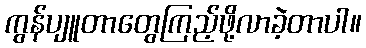
ကွန်ပျူတာတွေကြည့်ဖို့လာခဲ့တာပါ။